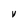
Character: v